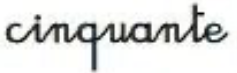
cinquante